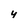
Character: Y